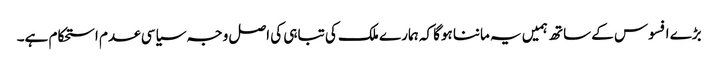
بڑے افسوس کے ساتھ ہمیں یہ ماننا ہوگا کہ ہمارے ملک کی تباہی کی اصل وجہ سیاسی عدم استحکام ہے۔